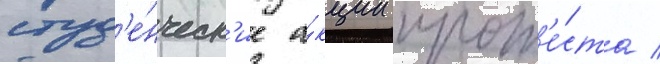
студ'е́нческ'ие а́кции прот'е́ста /